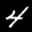
Label: 4